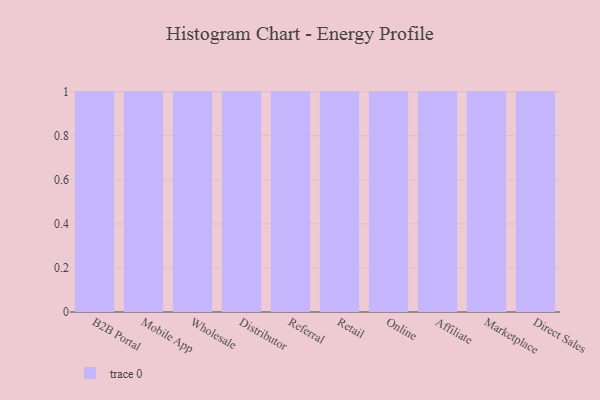
{"axis": {"x": "Channel", "y": "Revenue (USD Million)"}, "legend": [""], "data": [{"x": "B2B Portal", "y": 32, "type": ""}, {"x": "Mobile App", "y": 63, "type": ""}, {"x": "Wholesale", "y": 42, "type": ""}, {"x": "Distributor", "y": 100, "type": ""}, {"x": "Referral", "y": 54, "type": ""}, {"x": "Retail", "y": 46, "type": ""}, {"x": "Online", "y": 68, "type": ""}, {"x": "Affiliate", "y": 41, "type": ""}, {"x": "Marketplace", "y": 16, "type": ""}, {"x": "Direct Sales", "y": 11, "type": ""}]}